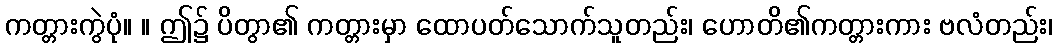
ကတ္တားကွဲပုံ။ ။ ဤ၌ ပိတွာ၏ ကတ္တားမှာ ထောပတ်သောက်သူတည်း၊ ဟောတိ၏ကတ္တားကား ဗလံတည်း၊